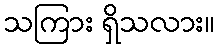
သကြား ရှိသလား။